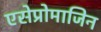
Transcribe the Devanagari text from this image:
एसेप्रोमाजिन